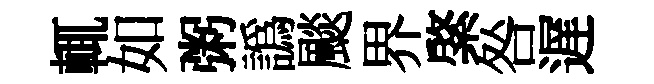
輒如粥譌颷界綮咎遅